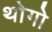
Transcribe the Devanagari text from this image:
थोगो